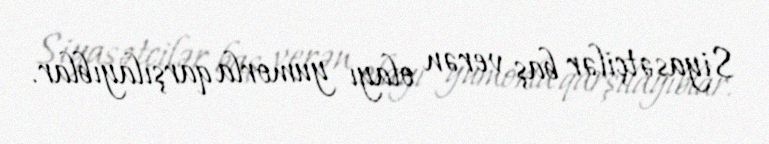
Siyasətçilər baş verən olayı yumorla qarşılayıblar.